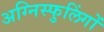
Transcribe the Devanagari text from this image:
अग्निस्फुलिंगों